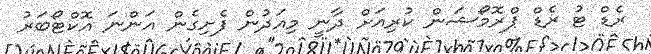
ރެޑް ޓު ރެޑް ޕްރޮމޯޝަން ކުރިއަށް ދާނީ މިއަދުން ފެށިގެން އަންނަ އޮކްޓޯބަރު